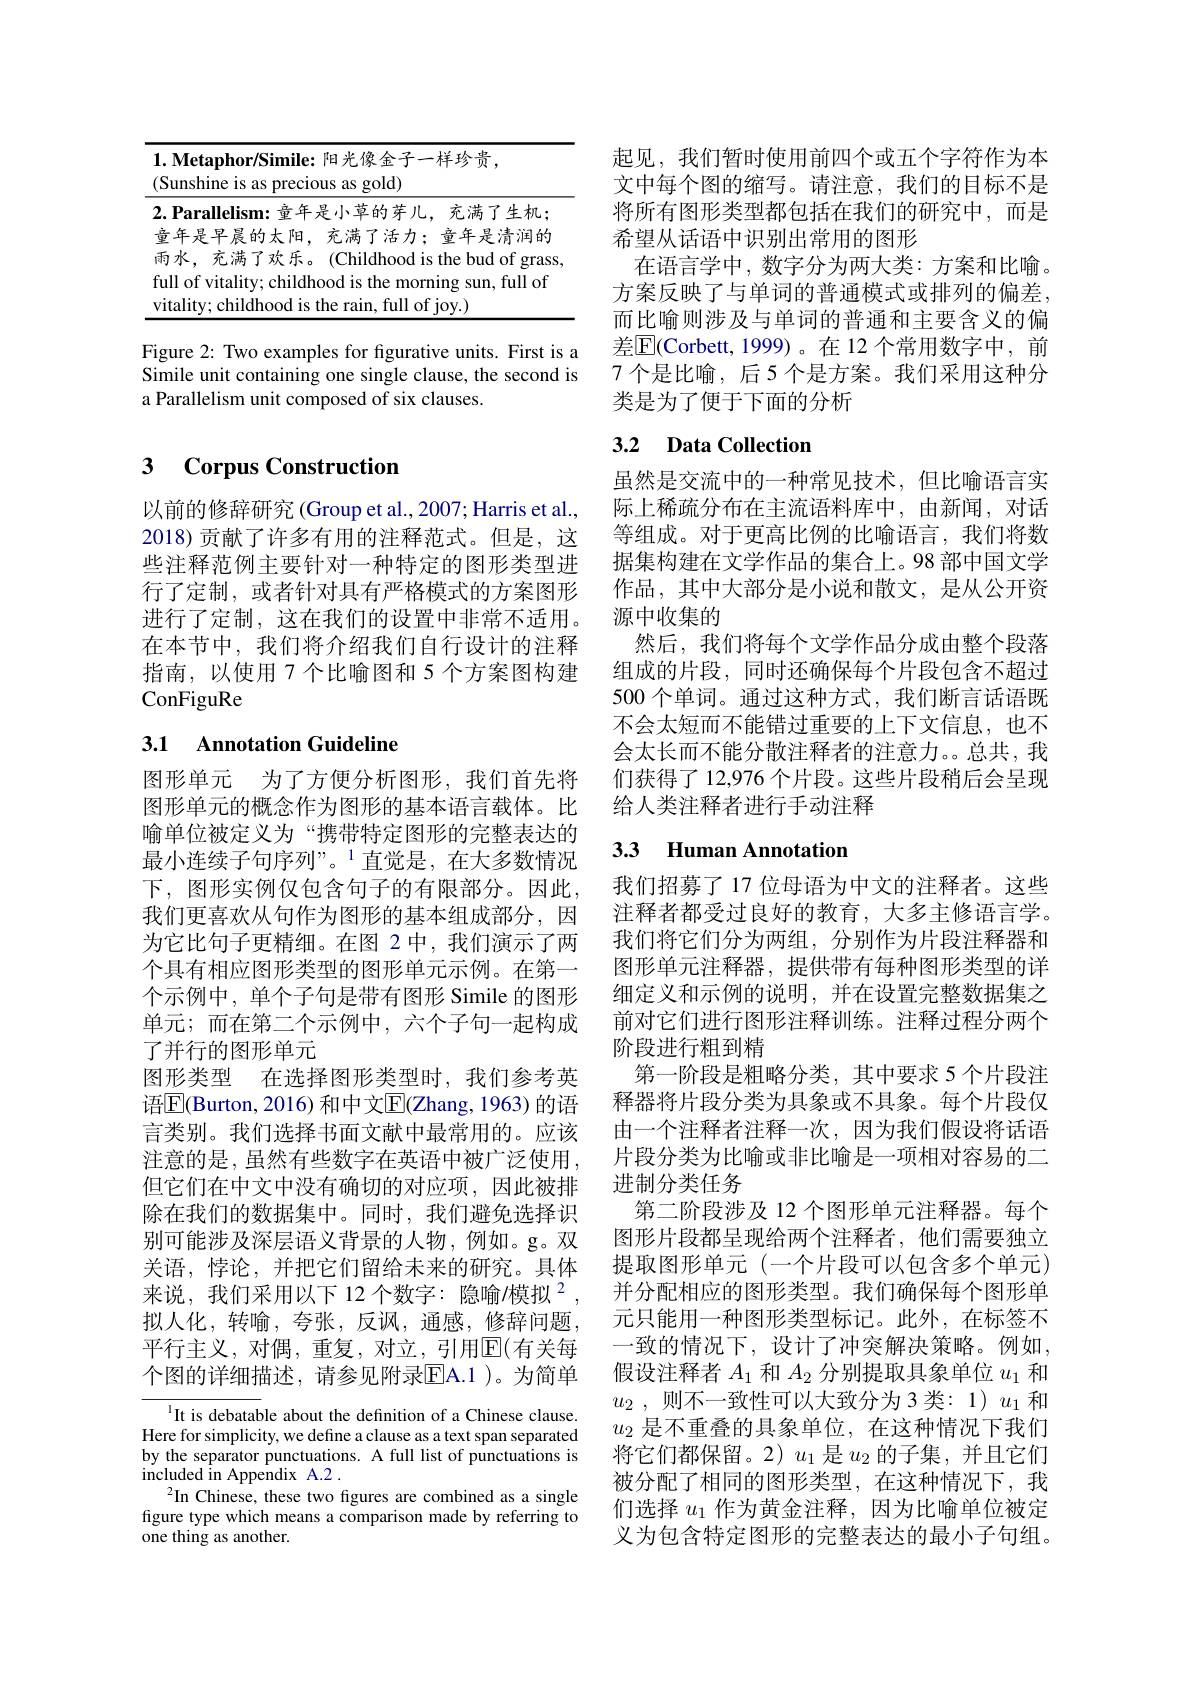
<table>
	<tbody>
		<tr>
			<th>1</th>
			<th>$\mathbf{1. }\textbf{Metaphor/ Simile: 阳 光 像 金 子 一 样 珍 贵 , }$ (Sunshine is as precious as gold)</th>
			<th>$\textbf{Metaphor/ Simile: 阳 光 像 金 子 一 样 珍 贵 , }$ nshine is as precious as gold)</th>
		</tr>
		<tr>
			<td>f</td>
			<td>full of vitalitv: childhood is the morning sun. full</td>
			<td>of vitalitv: childhood is the morning sun. full of</td>
		</tr>
		<tr>
			<td>$V$</td>
			<td> </td>
			<td>$10V$</td>
		</tr>
	</tbody>
</table>

Figure 2: Two examples for figurative units. First is a Simile unit containing one single clause, the second is a Parallelism unit composed of six clauses.

### 3 $\textbf{Corpus Constructior}$

以前的修辞研究 (Group et al., 2007; Harris et al., 2018)贡献了许多有用的注释范式。但是，这些注释范例主要针对一种特定的图形类型进行了定制，或者针对具有严格模式的方案图形进行了定制，这在我们的设置中非常不适用。在本节中，我们将介绍我们自行设计的注释指南，以使用 7 个比喻图和 5 个方案图构建ConFiguRe

# 3.1 Annotation Guideline

图形单元 为了方便分析图形，我们首先将图形单元的概念作为图形的基本语言载体。比喻单位被定义为“携带特定图形的完整表达的最小连续子句序列”。$^1$直觉是，在大多数情况下，图形实例仅包含句子的有限部分。因此， 我们更喜欢从句作为图形的基本组成部分，因为它比句子更精细。在图 2中，我们演示了两个具有相应图形类型的图形单元示例。在第一个示例中，单个子句是带有图形 Simile 的图形单元；而在第二个示例中，六个子句一起构成了并行的图形单元
图形类型 在选择图形类型时，我们参考英语$\mathbb{E}|$Burton,2016) 和中文$\mathbb{E}|$(Zhang,1963) 的语言类别。我们选择书面文献中最常用的。应该注意的是，虽然有些数字在英语中被广泛使用， 但它们在中文中没有确切的对应项，因此被排除在我们的数据集中。同时，我们避免选择识别可能涉及深层语义背景的人物，例如。g。双关语，悖论，并把它们留给未来的研究。具体来说，我们采用以下 12 个数字：隐喻/模拟$^{2}$, 拟人化，转喻，夸张，反讽，通感，修辞问题， 平行主义，对偶，重复，对立，引用$\overline{\mathrm{E}}($有关每个图的详细描述，请参见附录E$| A. 1$ )。为简单

It is debatable about the definition of a Chinese clause. Here for simplicity, we define a clause as a text span separated by the separator punctuations. A full list of punctuations is included in Appendix A.2 .
$^{2}$In Chinese, these two figures are combined as a single figure type which means a comparison made by referring to one thing as another.

起见，我们暂时使用前四个或五个字符作为本文中每个图的缩写。请注意，我们的目标不是将所有图形类型都包括在我们的研究中，而是希望从话语中识别出常用的图形
在语言学中，数字分为两大类：方案和比喻。方案反映了与单词的普通模式或排列的偏差， 而比喻则涉及与单词的普通和主要含义的偏差$\overline{\mathrm{E}}($Corbett,1999)。在 12 个常用数字中，前7 个是比喻，后 5 个是方案。我们采用这种分类是为了便于下面的分析

## 3.2 Data Collection

虽然是交流中的一种常见技术，但比喻语言实际上稀疏分布在主流语料库中，由新闻，对话等组成。对于更高比例的比喻语言，我们将数据集构建在文学作品的集合上。98 部中国文学作品，其中大部分是小说和散文，是从公开资源中收集的
然后，我们将每个文学作品分成由整个段落组成的片段，同时还确保每个片段包含不超过500 个单词。通过这种方式，我们断言话语既不会太短而不能错过重要的上下文信息，也不会太长而不能分散注释者的注意力。。总共，我们获得了 12,976 个片段。这些片段稍后会呈现给人类注释者进行手动注释

## 3.3 Human Annotation

我们招募了17 位母语为中文的注释者。这些注释者都受过良好的教育，大多主修语言学。我们将它们分为两组，分别作为片段注释器和图形单元注释器，提供带有每种图形类型的详细定义和示例的说明，并在设置完整数据集之前对它们进行图形注释训练。注释过程分两个阶段进行粗到精
第一阶段是粗略分类，其中要求 5 个片段注释器将片段分类为具象或不具象。每个片段仅由一个注释者注释一次，因为我们假设将话语片段分类为比喻或非比喻是一项相对容易的二进制分类任务
第二阶段涉及 12 个图形单元注释器。每个图形片段都呈现给两个注释者，他们需要独立提取图形单元(一个片段可以包含多个单元) 并分配相应的图形类型。我们确保每个图形单元只能用一种图形类型标记。此外，在标签不一致的情况下，设计了冲突解决策略。例如， 假设注释者$A_1$和$A_2$分别提取具象单位$u_1$和$u_2$ , 则不一致性可以大致分为 3 类：1)$u_1$ 和$u_2$是不重叠的具象单位，在这种情况下我们将它们都保留。2)$u_1$ 是$u_2$ 的子集，并且它们被分配了相同的图形类型，在这种情况下，我们选择$u_1$作为黄金注释，因为比喻单位被定义为包含特定图形的完整表达的最小子句组。